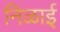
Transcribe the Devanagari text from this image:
निळाई